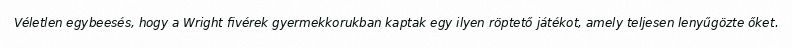
Véletlen egybeesés, hogy a Wright fivérek gyermekkorukban kaptak egy ilyen röptető játékot, amely teljesen lenyűgözte őket.